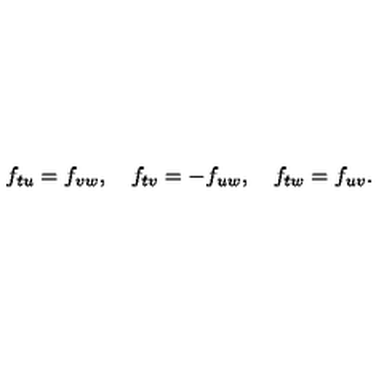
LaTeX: f _ { t u } = f _ { v w } , \quad f _ { t v } = - f _ { u w } , \quad f _ { t w } = f _ { u v } .